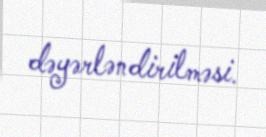
dəyərləndirilməsi.